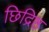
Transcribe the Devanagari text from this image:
छिद्रिष्ठ